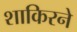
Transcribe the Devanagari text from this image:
शाकिरने